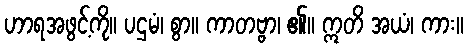
ဟာရအဖွင့်ကို။ ပဌမံ၊ စွာ။ ကာတဗ္ဗာ၊ ၏။ ဣတိ အယံ၊ ကား။